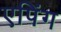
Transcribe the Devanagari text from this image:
एपिंग